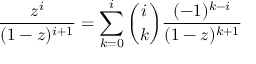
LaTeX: { \frac { z ^ { i } } { ( 1 - z ) ^ { i + 1 } } } = \sum _ { k = 0 } ^ { i } { \binom { i } { k } } { \frac { ( - 1 ) ^ { k - i } } { ( 1 - z ) ^ { k + 1 } } }